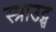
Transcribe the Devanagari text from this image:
स्प्राउट्स